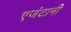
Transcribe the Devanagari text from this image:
एजंटानी